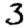
Digit: 3